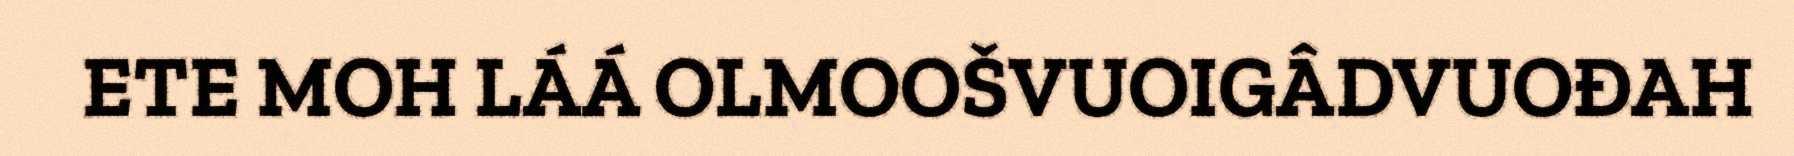
ETE MOH LÁÁ OLMOOŠVUOIGÂDVUOĐAH